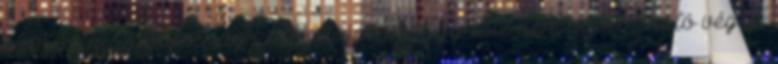
extrém magányosság kalo- dájában? Egy este nem szólózható végig,